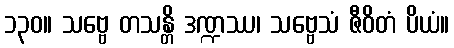
၁၃၀။ သဗ္ဗေ တသန္တိ ဒဏ္ဍဿ၊ သဗ္ဗေသံ ဇီဝိတံ ပိယံ။